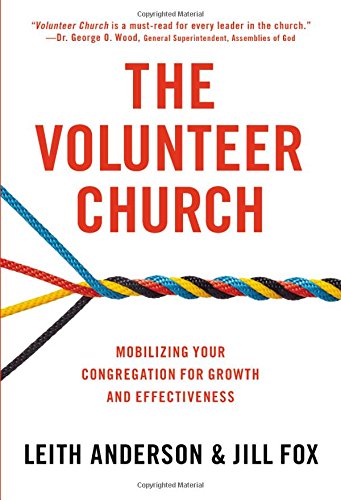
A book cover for The Volunteer Church: Mobilizing Your Congregation for Growth and Effectiveness; Leith Anderson; Christian Books & Bibles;